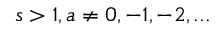
s > 1 , a \ne 0 , - 1 , - 2 , . . .